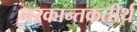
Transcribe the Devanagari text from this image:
नरकान्तकतीर्थ